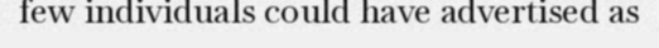
few individuals could have advertised as